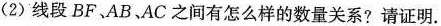
(2)线段BF、AB、AC之间有怎么样的数量关系?请证明。